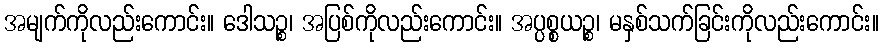
အမျက်ကိုလည်းကောင်း။ ဒေါသဉ္စ၊ အပြစ်ကိုလည်းကောင်း။ အပ္ပစ္စယဉ္စ၊ မနှစ်သက်ခြင်းကိုလည်းကောင်း။